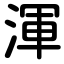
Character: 渾